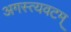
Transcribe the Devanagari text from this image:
अगस्त्यवटम्